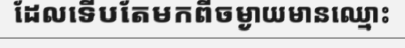
ដែលទើបតែមកពីចម្ងាយមានឈ្មោះ